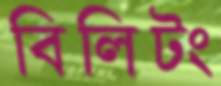
বিলিটং